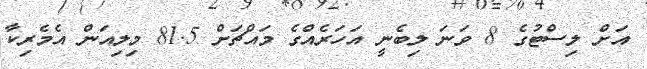
އަށް ލިސްޓުގެ 8 ވަނަ ލިބެނީ އަހަރެއްގެ މައްޗަށް 81.5 މިލިއަން އެމެރިކާ